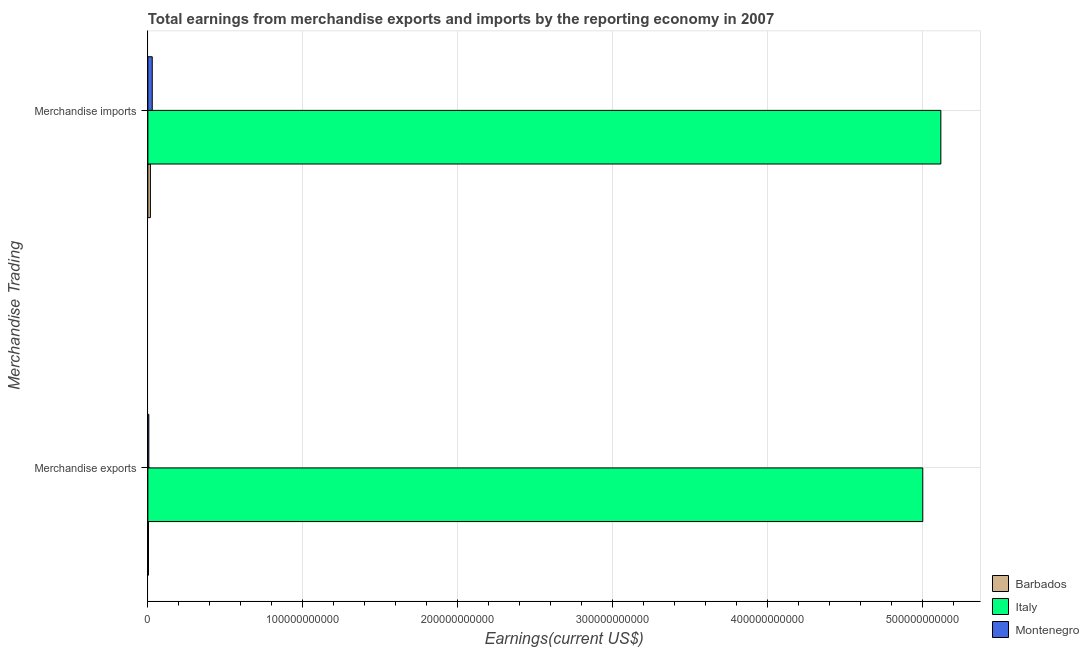
| Merchandise Trading | Barbados | Italy | Montenegro |
 | --- | --- | --- | --- |
 | Merchandise exports | 4.02e+08 | 5e+11 | 6.2e+08 |
 | Merchandise imports | 1.64e+09 | 5.12e+11 | 2.83e+09 |